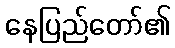
နေပြည်တော်၏